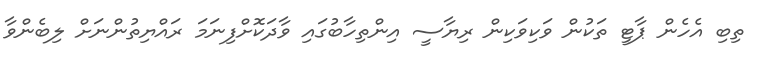
ތިބި އެހެން ޕާޓީ ތަކުން ވަކިވަކިން ރިޔާސީ އިންތިހާބުގައި ވާދަކޮށްފިނަމަ ރައްޔިތުންނަށް ލިބެންވާ